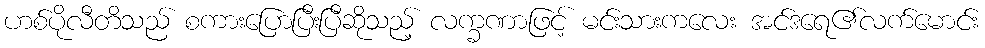
ဟစ်ပိုလီတိသည် စကားပြောပြီးပြီဆိုသည့် လက္ခဏာဖြင့် မင်းသားကလေး အင်ဒရေ၏လက်မောင်း